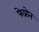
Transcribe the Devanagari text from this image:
फेप्रोन